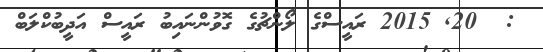
:  20